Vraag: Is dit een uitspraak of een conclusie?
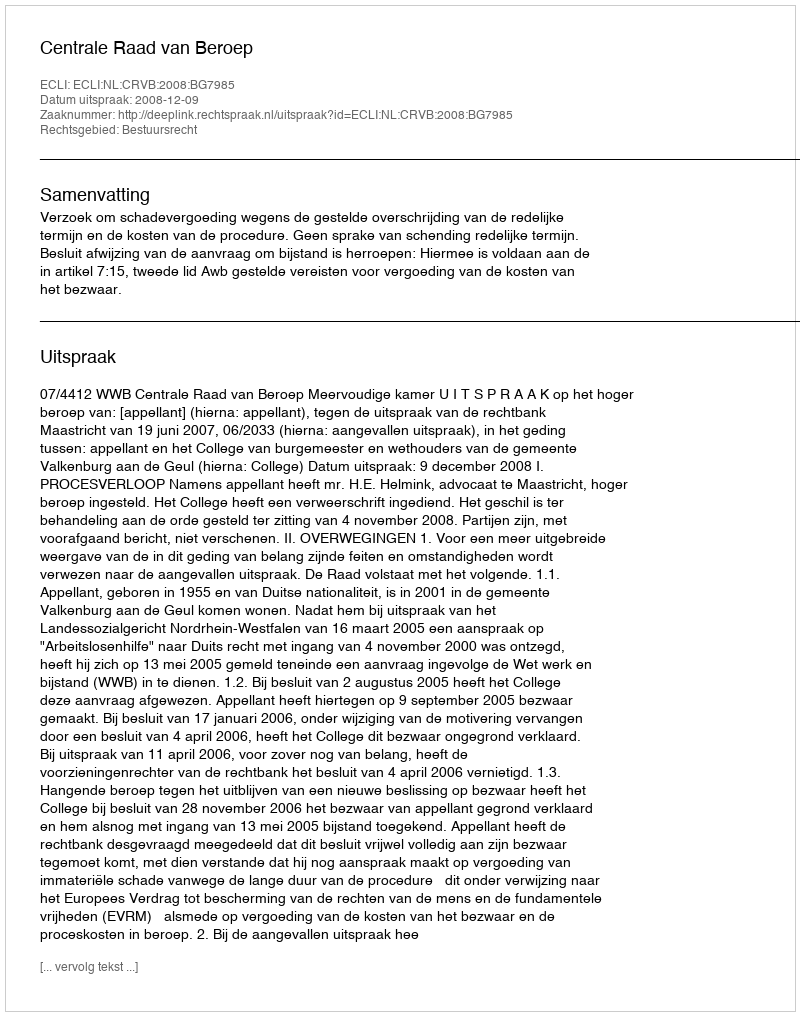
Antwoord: Uitspraak